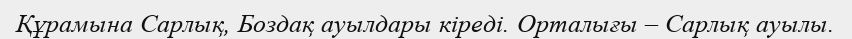
Құрамына Сарлық, Боздақ ауылдары кіреді. Орталығы – Сарлық ауылы.